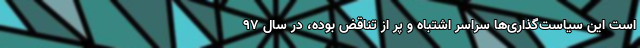
است این سیاست‌گذاری‌ها سراسر اشتباه و پر از تناقض بوده، در سال 97